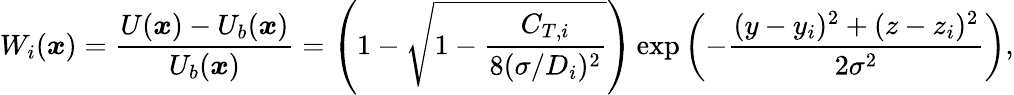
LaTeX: W_{i}(\boldsymbol{x})=\frac{U(\boldsymbol{x})-U_{b}(\boldsymbol{x})}{U_{b}(\boldsymbol{x})}=\left(1-\sqrt{1-\frac{C_{T,i}}{8(\sigma/D_{i})^{2}}}\right)\exp\left(-\frac{(y-y_{i})^{2}+(z-z_{i})^{2}}{2\sigma^{2}}\right),